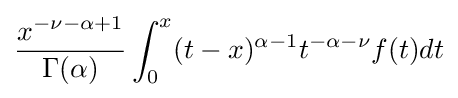
{\frac {x^{-\nu -\alpha +1}}{\Gamma (\alpha )}}\int _{0}^{x}(t-x)^{\alpha -1}t^{-\alpha -\nu }f(t)dt